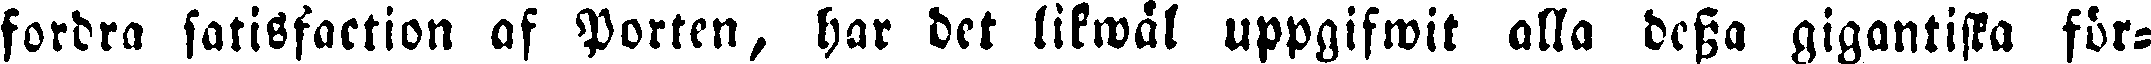
fordra satisfaction af Porten, har det likwäl uppgifwit alla dessa gigantiska för-